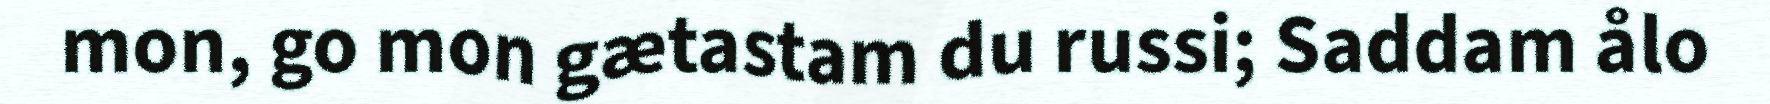
mon, go mon gætastam du russi; Saddam ålo